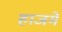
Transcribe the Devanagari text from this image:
हाजमे